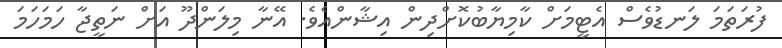
ފުރަތަމަ ލަނޑުވެސް އެޓީމަށް ކާމިޔާބުކޮށްދިން އިޝާންއެވެ. އޭނާ މިލަންދޫ އަށް ނަތީޖާ ހަމަހަމަ